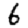
Digit: 6